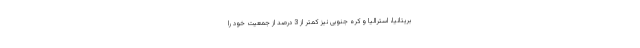
بریتانیا، استرالیا و کره جنوبی نیز کمتر از 3 درصد از جمعیت خود را